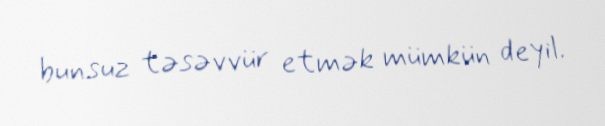
bunsuz təsəvvür etmək mümkün deyil.